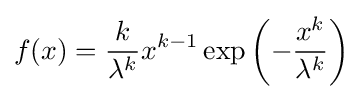
f(x)={\frac {k}{\lambda ^{k}}}x^{k-1}\exp \left(-{\frac {x^{k}}{\lambda ^{k}}}\right)